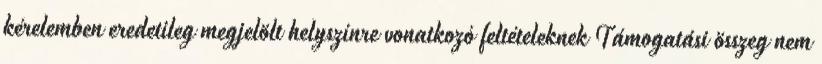
kérelemben eredetileg megjelölt helyszínre vonatkozó feltételeknek Támogatási összeg nem